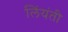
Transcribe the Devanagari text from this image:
लिंयंती